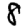
Digit: 8